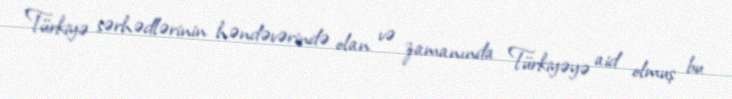
Türkiyə sərhədlərinin həndəvərində olan və zamanında Türkiyəyə aid olmuş bu